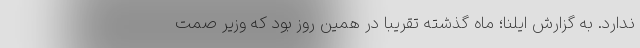
ندارد. به گزارش ایلنا؛ ماه گذشته تقریبا در همین روز بود که وزیر صمت